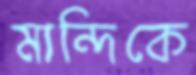
মান্দিকে